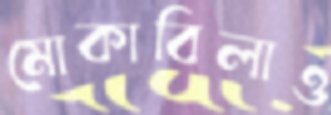
মোকাবিলাও